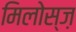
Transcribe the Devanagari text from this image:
मिलोस्ज़